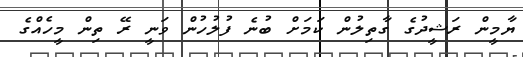
ޔާމީން ރަޝީދުގެ ގާތިލުން ކަމަށް ބުނެ ފުލުހުން ވަނީ ރޭ ތިން މީހެއްގެ